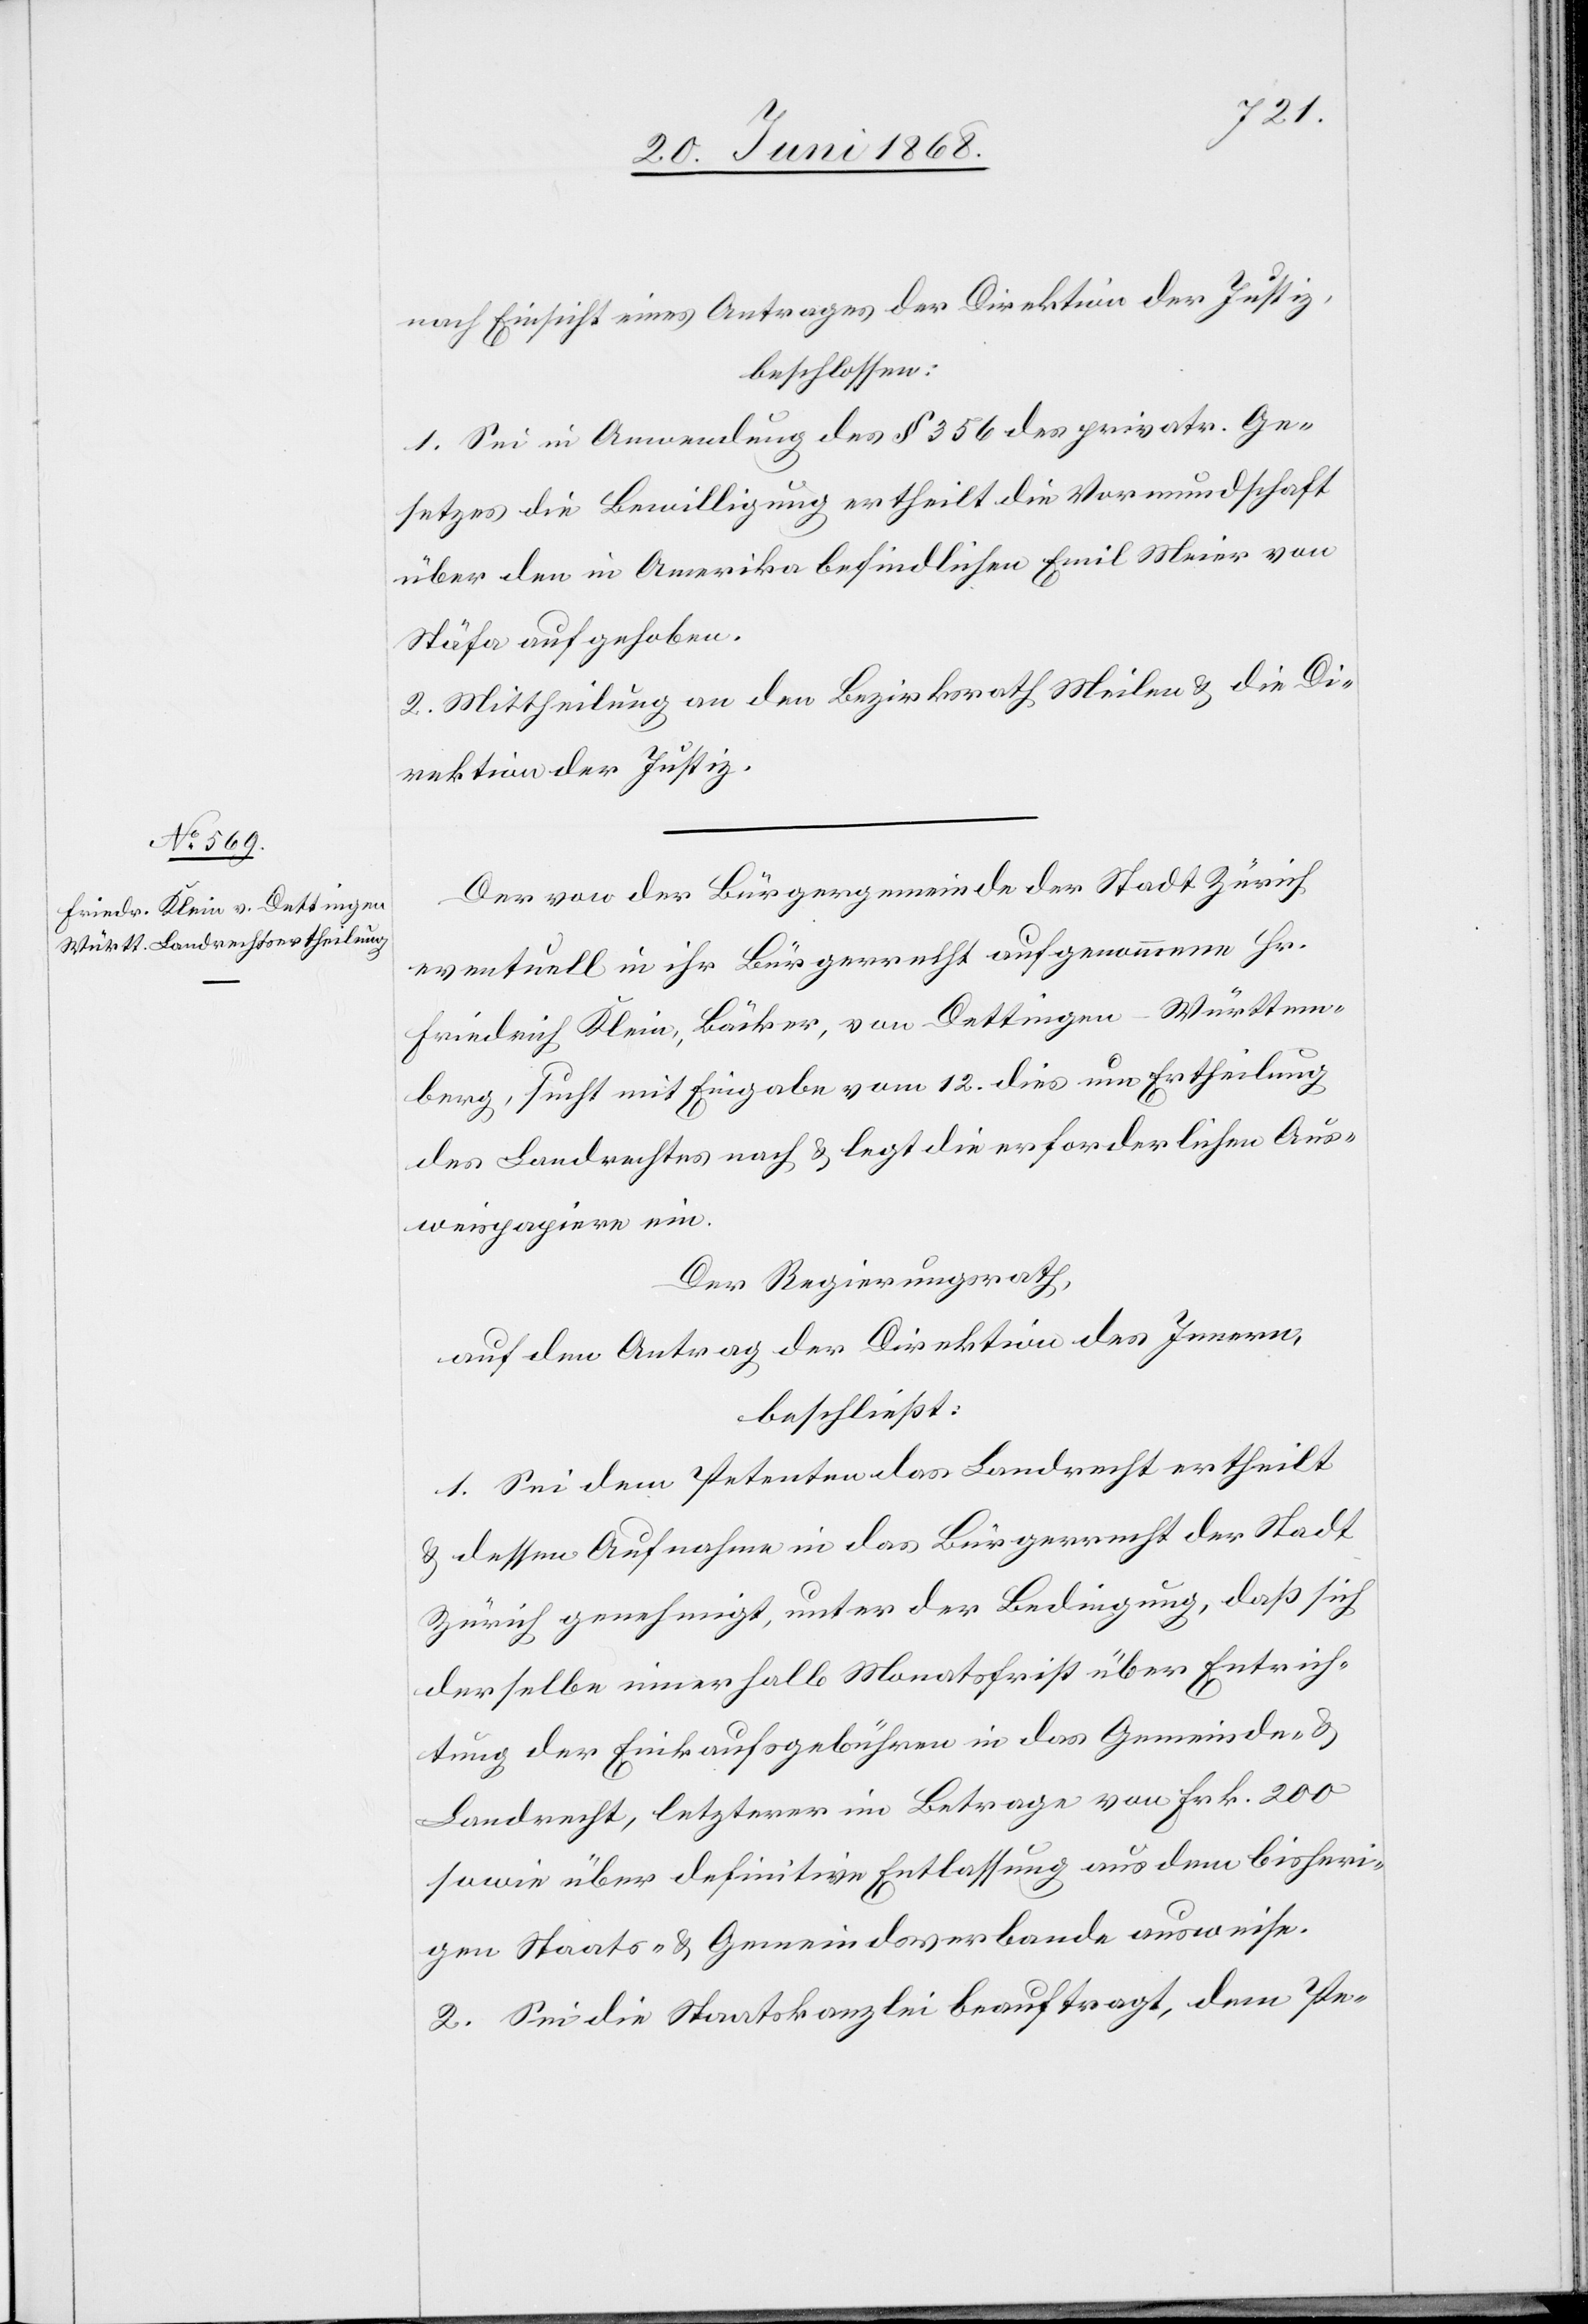
nach Einsicht eines Antrages der Direktion der Justiz,
beschlossen:
1. Sei in Anwendung des § 356 des privatr. Ge¬
setzes die Bewilligung ertheilt die Vormundschaft
über den in Amerika befindlichen Emil Meier von
Stäfa aufgehoben
2. Mittheilung an den Bezirksrath Meilen & die Di¬
rektion der Justiz.
Der von der Bürgergemeinde der Stadt Zürich
eventuell in ihr Bürgerrecht aufgenommene Hr.
Friedrich Klein, Bäcker, von Dettingen-Württem¬
berg, sucht mit Eingabe vom 12. dies um Ertheilung
des Landrechtes nach & legt die erforderlichen Aus¬
weispapiere ein.
Der Regierungsrath,
auf den Antrag der Direktion des Innern,
beschließt:
1. Sei dem Petenten das Landrecht ertheilt
& dessen Aufnahme in das Bürgerrecht der Stadt
Zürich genehmigt, unter der Bedingung, daß sich
derselbe innerhalb Monatsfrist über Entrich¬
tung der Einkaufsgebühren in das Gemeinde- &
Landrecht, letzterer im Betrage von Frk. 200
sowie über definitive Entlassung aus dem bisheri¬
gen Staats- & Gemeindsverbande ausweise.
2. Sei die Staatskanzlei beauftragt, dem Pe-